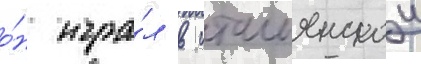
о́н игра́л в итальянскои